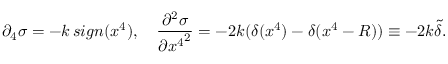
\partial _ { 4 } \sigma = - k \, s i g n ( x ^ { 4 } ) , \quad \frac { \partial ^ { 2 } \sigma } { \partial { x ^ { 4 } } ^ { 2 } } = - 2 k ( \delta ( x ^ { 4 } ) - \delta ( x ^ { 4 } - R ) ) \equiv - 2 k \tilde { \delta } .